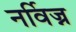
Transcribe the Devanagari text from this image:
नर्विज्न